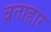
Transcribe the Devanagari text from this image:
व्रताहार